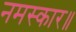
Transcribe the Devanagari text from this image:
नमस्कार॥